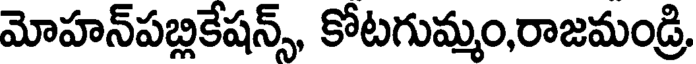
మోహన్పబ్లికేషన్స్, కోటగుమ్మం,రాజమండ్రి,